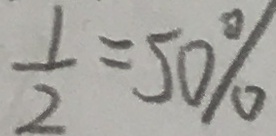
\frac { 1 } { 2 } = 5 0 \%